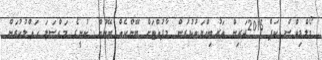
މޯލްޑިވްސް ކަޕް 2015ދަރިން ތަރުބިއްޔަތުކުރުން މާފުއްޓަށް ބޭންކެއް ބޭނުން ކުނީގެ މައްސަލަ ހައްލުކުރަން